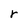
Character: r